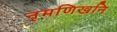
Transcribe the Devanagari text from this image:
नृमणिखनि